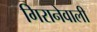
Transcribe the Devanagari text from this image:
गिरानेवाली